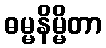
ဓမ္မနိမ္မိတာ